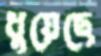
ধুয়েছে